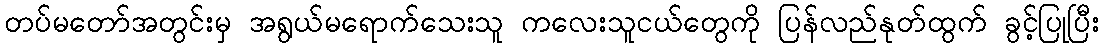
တပ်မတော်အတွင်းမှ အရွယ်မရောက်သေးသူ ကလေးသူငယ်တွေကို ပြန်လည်နုတ်ထွက် ခွင့်ပြုပြီး